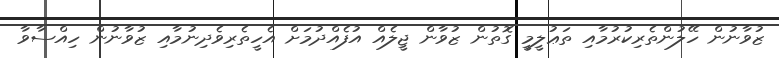
ޒުވާނުން ހޭލުންތެރިކުރުމާއި ތަޢުލީމީ ގޮތުން ޒުވާން ޖީލެއް އުފެއްދުމަށް އެހީތެރިވެދިނުމާއި ޒުވާނުން ހިއްސާވާ